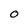
Character: 0